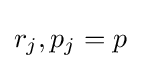
r_{j},p_{j}=p